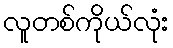
လူတစ်ကိုယ်လုံး